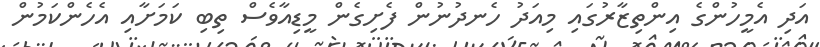
އަދި އެމީހުންގެ އިންތިޒާރުގައި މިއަދު ހެނދުނުން ފެށިގެން މީޑިއާވެސް ތިބި ކަމަށާއި އެހެންކަމުން